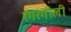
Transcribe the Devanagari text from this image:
रंगरंगीली